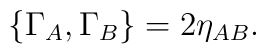
{\lbrace \Gamma_A, \Gamma_B \rbrace = 2\eta_{AB}.}